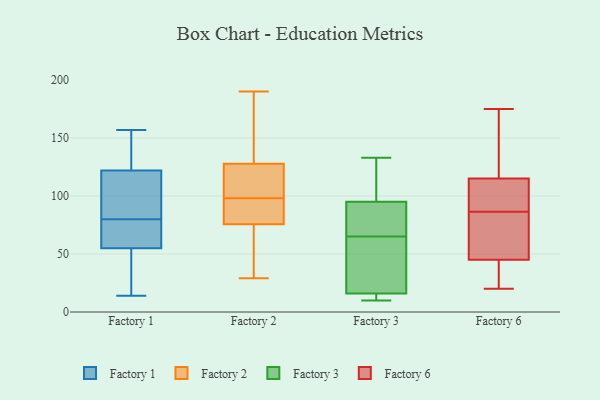
{"axis": {"x": "Tickets Resolved", "y": "Value"}, "legend": ["Factory 1", "Factory 2", "Factory 3", "Factory 6"], "data": [{"x": "", "y": 137, "type": "Factory 1"}, {"x": "", "y": 14, "type": "Factory 1"}, {"x": "", "y": 157, "type": "Factory 1"}, {"x": "", "y": 69, "type": "Factory 1"}, {"x": "", "y": 104, "type": "Factory 1"}, {"x": "", "y": 122, "type": "Factory 1"}, {"x": "", "y": 91, "type": "Factory 1"}, {"x": "", "y": 59, "type": "Factory 1"}, {"x": "", "y": 55, "type": "Factory 1"}, {"x": "", "y": 18, "type": "Factory 1"}, {"x": "", "y": 169, "type": "Factory 2"}, {"x": "", "y": 74, "type": "Factory 2"}, {"x": "", "y": 53, "type": "Factory 2"}, {"x": "", "y": 87, "type": "Factory 2"}, {"x": "", "y": 117, "type": "Factory 2"}, {"x": "", "y": 98, "type": "Factory 2"}, {"x": "", "y": 29, "type": "Factory 2"}, {"x": "", "y": 190, "type": "Factory 2"}, {"x": "", "y": 81, "type": "Factory 2"}, {"x": "", "y": 118, "type": "Factory 2"}, {"x": "", "y": 131, "type": "Factory 2"}, {"x": "", "y": 16, "type": "Factory 3"}, {"x": "", "y": 13, "type": "Factory 3"}, {"x": "", "y": 50, "type": "Factory 3"}, {"x": "", "y": 87, "type": "Factory 3"}, {"x": "", "y": 95, "type": "Factory 3"}, {"x": "", "y": 112, "type": "Factory 3"}, {"x": "", "y": 19, "type": "Factory 3"}, {"x": "", "y": 133, "type": "Factory 3"}, {"x": "", "y": 10, "type": "Factory 3"}, {"x": "", "y": 80, "type": "Factory 3"}, {"x": "", "y": 114, "type": "Factory 6"}, {"x": "", "y": 72, "type": "Factory 6"}, {"x": "", "y": 87, "type": "Factory 6"}, {"x": "", "y": 32, "type": "Factory 6"}, {"x": "", "y": 20, "type": "Factory 6"}, {"x": "", "y": 108, "type": "Factory 6"}, {"x": "", "y": 86, "type": "Factory 6"}, {"x": "", "y": 53, "type": "Factory 6"}, {"x": "", "y": 175, "type": "Factory 6"}, {"x": "", "y": 37, "type": "Factory 6"}, {"x": "", "y": 116, "type": "Factory 6"}, {"x": "", "y": 138, "type": "Factory 6"}]}